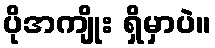
ပိုအကျိုး ရှိမှာပဲ။